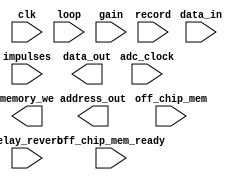
module multiplier /*(
//parameter IMPULSE_LENGTH = 15'h00FF,

);*/(
    input clk,
    input adc_clock,
    input record,
    input loop,
    input off_chip_mem,
    input off_chip_mem_ready,
    input [15:0] delay_reverb,
    input [15:0] gain,
    input [15:0] impulses,
    input [15:0] data_in,
    output memory_we,
    output [15:0] address_out,
    output [15:0] data_out
    );


 always @(posedge clk) begin
    mult_output = (data_in +

  + (|data_in) ? (data_in<<0): 0 
  + (|data_in) ? (data_in<<1): 0
  + (|data_in) ? (data_in<<2): 0
  + (|data_in) ? (data_in<<3): 0
  + (|data_in) ? (data_in<<4): 0
  + (|data_in) ? (data_in<<5): 0
  + (|data_in) ? (data_in<<6): 0
  + (|data_in) ? (data_in<<7): 0 


  + (data_in & (8'h01)) ? (data_in << 8) : 8'h00
  + (data_in & (8'h02)) ? (data_in << 9) : 8'h00
  + (data_in & (8'h04)) ? (data_in << 10) : 8'h00
  + (data_in & (8'h08)) ? (data_in << 11) : 8'h00
  + (data_in & (8'h10)) ? (data_in << 12) : 8'h00
  + (data_in & (8'h20)) ? (data_in << 13) : 8'h00
  + (data_in & (8'h40)) ? (data_in << 14) : 8'h00
  + (data_in & (8'h80)) ? (data_in << 15) : 8'h00

/*
  + (data_in&(0x01<<0)) ? (data_in<<8): 0 
  + (data_in&(0x01<<1)) ? (data_in<<9): 0
  + (data_in&(0x01<<2)) ? (data_in<<10): 0
  + (data_in&(0x01<<3)) ? (data_in<<11): 0//p
  + (data_in&(0x01<<4)) ? (data_in<<12): 0
  + (data_in&(0x01<<5)) ? (data_in<<13): 0
  + (data_in&(0x01<<6)) ? (data_in<<14): 0
  + (data_in&(0x01<<7)) ? (data_in<<15): 0
  */
  );


 end




endmodule